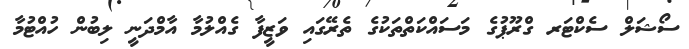
ސޯޝަލް ސެކްޓަރ ގްރޫޕުގެ މަސައްކަތްތަކުގެ ތެރޭގައި ވަޒީފާ ގެއްލުމާ އާމްދަނީ ލިބުން ހުއްޓުމާ